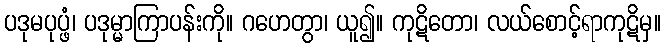
ပဒုမပုပ္ဖံ၊ ပဒုမ္မာကြာပန်းကို။ ဂဟေတွာ၊ ယူ၍။ ကုဋိတော၊ လယ်စောင့်ရာကုဋိမှ။